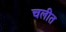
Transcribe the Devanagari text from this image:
चलीत